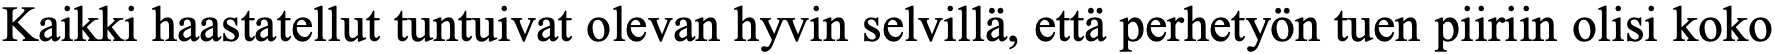
Kaikki haastatellut tuntuivat olevan hyvin selvillä, että perhetyön tuen piiriin olisi koko